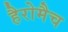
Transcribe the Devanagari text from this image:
हैरोमैच